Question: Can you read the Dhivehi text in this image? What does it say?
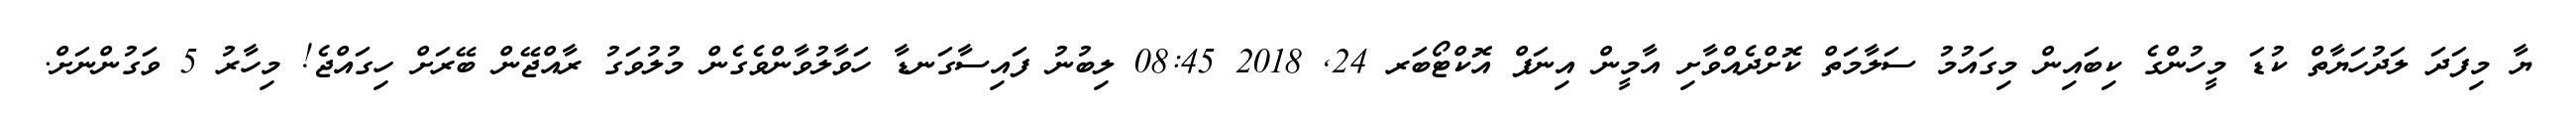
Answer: ޔާ މިފަދަ ލަދުހަޔާތް ކުޑަ މީހުންގެ ކިބައިން މިގައުމު ސަލާމަތް ކޮށްދެއްވާށި އާމީން އިނަފް އޮކްޓޯބަރ 24, 2018 08:45 ލިބުނު ފައިސާގަނޑާ ހަވާލުވާންވެގެން މުލުވަގު ރާއްޖޭން ބޭރަށް ހިގައްޖެ! މިހާރު 5 ވަގުންނަށް.